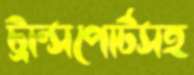
ট্রান্সপোর্টসহ